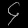
Digit: ၄